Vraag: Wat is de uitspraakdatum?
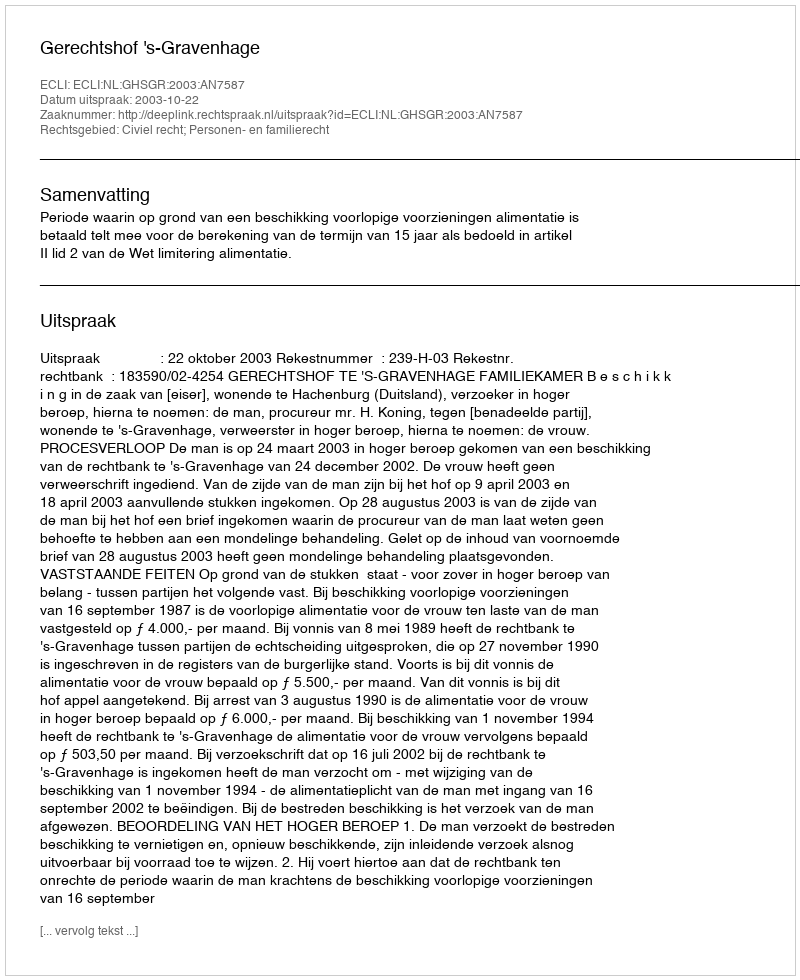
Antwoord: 2003-10-22